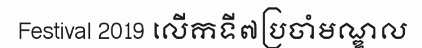
Festival 2019 លើកទី៧ប្រចាំមណ្ឌល